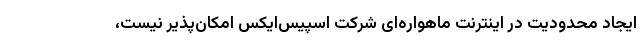
ایجاد محدودیت در اینترنت ماهواره‌ای شرکت اسپیس‌ایکس امکان‌پذیر نیست،